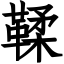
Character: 鞣